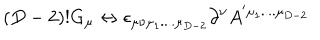
( D - 2 ) ! G _ { \mu } \leftrightarrow \epsilon _ { \mu \nu \mu _ { 1 } . . . . \mu _ { D - 2 } } \partial ^ { \nu } A ^ { ' \mu _ { 1 } . . . . \mu _ { D - 2 } }